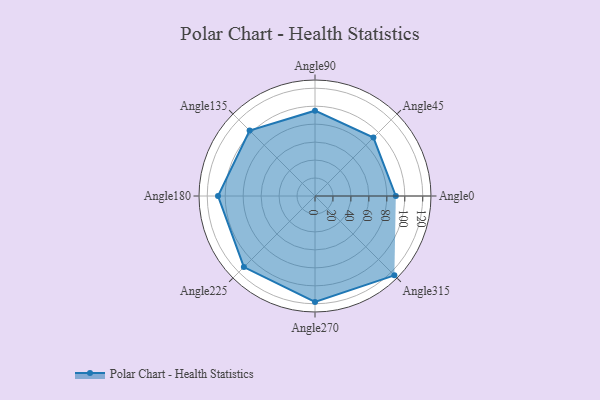
{"axis": {"x": "Angle", "y": "Radius"}, "legend": [""], "data": [{"x": "Angle0", "y": 90.0, "type": ""}, {"x": "Angle45", "y": 92.0, "type": ""}, {"x": "Angle90", "y": 95.0, "type": ""}, {"x": "Angle135", "y": 103.0, "type": ""}, {"x": "Angle180", "y": 108.0, "type": ""}, {"x": "Angle225", "y": 112.0, "type": ""}, {"x": "Angle270", "y": 118.0, "type": ""}, {"x": "Angle315", "y": 125.0, "type": ""}]}